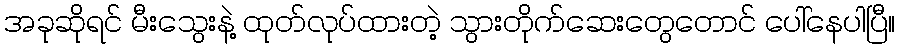
အခုဆိုရင် မီးသွေးနဲ့ ထုတ်လုပ်ထားတဲ့ သွားတိုက်ဆေးတွေတောင် ပေါ်နေပါပြီ။